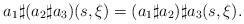
LaTeX: \begin{align*}a_1\sharp(a_2\sharp a_3)(s,\xi) = (a_1\sharp a_2)\sharp a_3(s,\xi). \end{align*}